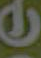
ن